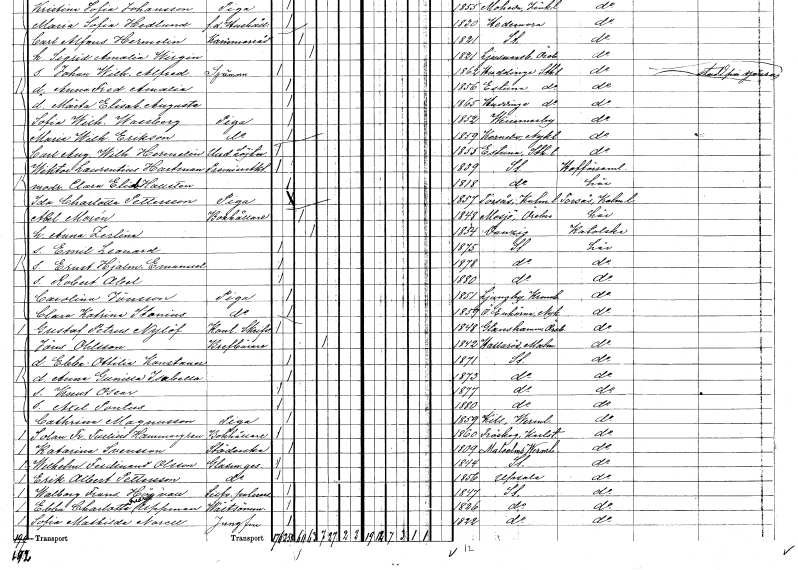
gt_parse: households: individuals: FN: Ida Charlotta
EN: Pettersson
YRKE: Piga
KON: K
CIV: O
FODAR: 1857
FODFORS: Torsås Kalmar län
FN: Abel
EN: Morén
YRKE: Bokhållare
KON: M
CIV: G
FODAR: 1848
FODFORS: Mosjö Örebro län
FN: Anna Zerlina
KON: K
CIV: G
FODAR: 1854
FN: Emil Leonard
KON: M
CIV: O
FODAR: 1875
FODFORS: Stockholm
FN: Ernst Hjalmar Emanuel
KON: M
CIV: O
FODAR: 1878
FODFORS: Stockholm
FN: Robert Abel
KON: M
CIV: O
FODAR: 1880
FODFORS: Stockholm
FN: Carolina
EN: Jönsson
YRKE: Piga
KON: K
CIV: O
FODAR: 1851
FODFORS: Ljungby Kronobergs län
FN: Clara Katrina
EN: Stonius
YRKE: Piga
KON: K
CIV: O
FODAR: 1859
FODFORS: Överenhörna Stockholms län
FN: Gustaf Petrus
EN: Nylöf
YRKE: Kontorsskrivare
KON: M
CIV: O
FODAR: 1848
FODFORS: Glanshammar Örebro län
FN: Jöns
EN: Ohlsson
YRKE: Brevbärare
KON: M
CIV: E
FODAR: 1842
FODFORS: Hallaröd Malmöhus län
FN: Ebba Ottilia Konstance
KON: K
CIV: O
FODAR: 1871
FODFORS: Stockholm
FN: Anna Gunilla Isabella
KON: K
CIV: O
FODAR: 1873
FODFORS: Stockholm
FN: Knut Oscar
KON: M
CIV: O
FODAR: 1877
FODFORS: Stockholm
FN: Axel Pontus
KON: M
CIV: O
FODAR: 1880
FODFORS: Stockholm
FN: Cathrina
EN: Magnusson
YRKE: Piga
KON: K
CIV: O
FODAR: 1859
FODFORS: Kil Värmlands län
FN: Solan Fr. Tullius
EN: Hammargren
YRKE: Bokhållare
KON: M
CIV: O
FODAR: 1860
FODFORS: Fröskog Älvsborgs län
FN: Katarina
EN: Svensson
YRKE: Städerska
KON: K
CIV: O
FODAR: 1809
FODFORS: Maholms Värmlands län
FN: Wilhelm Ferdinand
EN: Olsson
YRKE: Glasmästaregesäll
KON: M
CIV: O
FODAR: 1844
FODFORS: Stockholm
FN: Erik Albert
EN: Pettersson
YRKE: Glasmästaregesäll
KON: M
CIV: O
FODAR: 1856
FODFORS: Uppsala Uppsala län
FN: Walborg Fransiska
EN: Högvall
YRKE: Silverpolererska
KON: K
CIV: O
FODAR: 1847
FODFORS: Stockholm
FN: Ebba Charlotta Fredrika
EN: Uppman
YRKE: Västsömmerska
KON: K
CIV: O
FODAR: 1826
FODFORS: Stockholm
FN: Sofia Mathilda
EN: Norell
YRKE: Jungfru
KON: K
CIV: O
FODAR: 1822
FODFORS: Stockholm